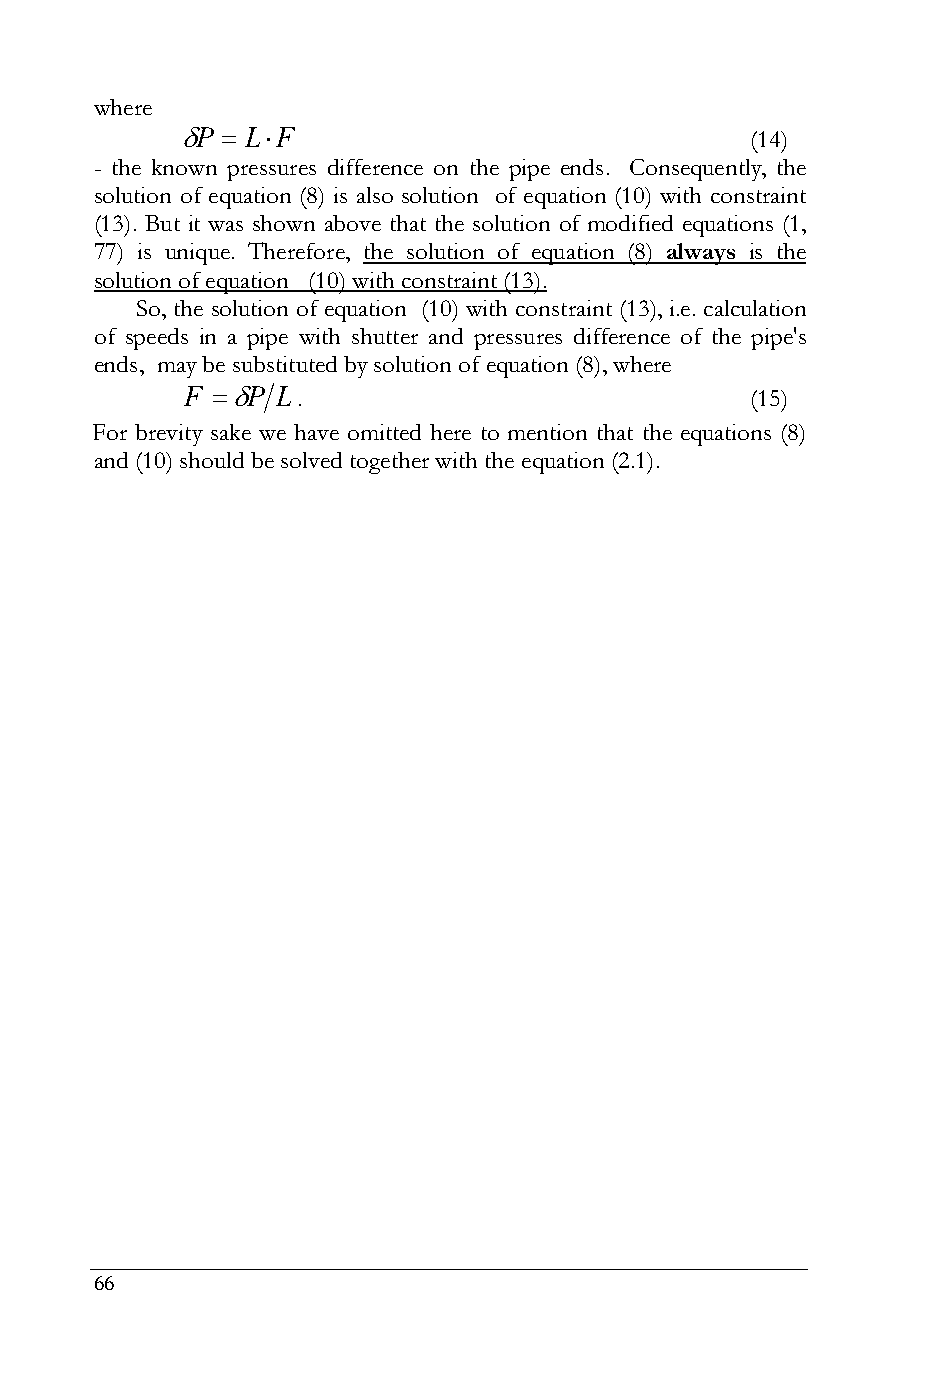
where
 P  LF                              (14)
 - the known pressures difference on the pipe ends. Consequently, the
 solution of equation (8) is also solution of equation (10) with constraint
 (13). But it was shown above that the solution of modified equations (1,
 77) is unique. Therefore, the solution of equation (8) always is the
 solution of equation (10) with constraint (13).
 So, the solution of equation (10) with constraint (13), i.e. calculation
 of speeds in a pipe with shutter and pressures difference of the pipe's
 ends, may be substituted by solution of equation (8), where
 F P L.                              (15)
 For brevity sake we have omitted here to mention that the equations (8)
 and (10) should be solved together with the equation (2.1).
 66